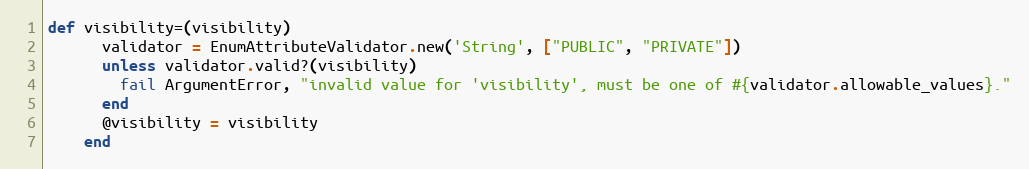
Language: Ruby
def visibility=(visibility)
      validator = EnumAttributeValidator.new('String', ["PUBLIC", "PRIVATE"])
      unless validator.valid?(visibility)
        fail ArgumentError, "invalid value for 'visibility', must be one of #{validator.allowable_values}."
      end
      @visibility = visibility
    end